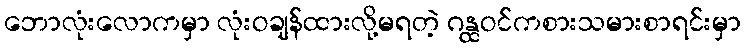
ဘောလုံးလောကမှာ လုံးဝချန်ထားလို့မရတဲ့ ဂန္ထဝင်ကစားသမားစာရင်းမှာ